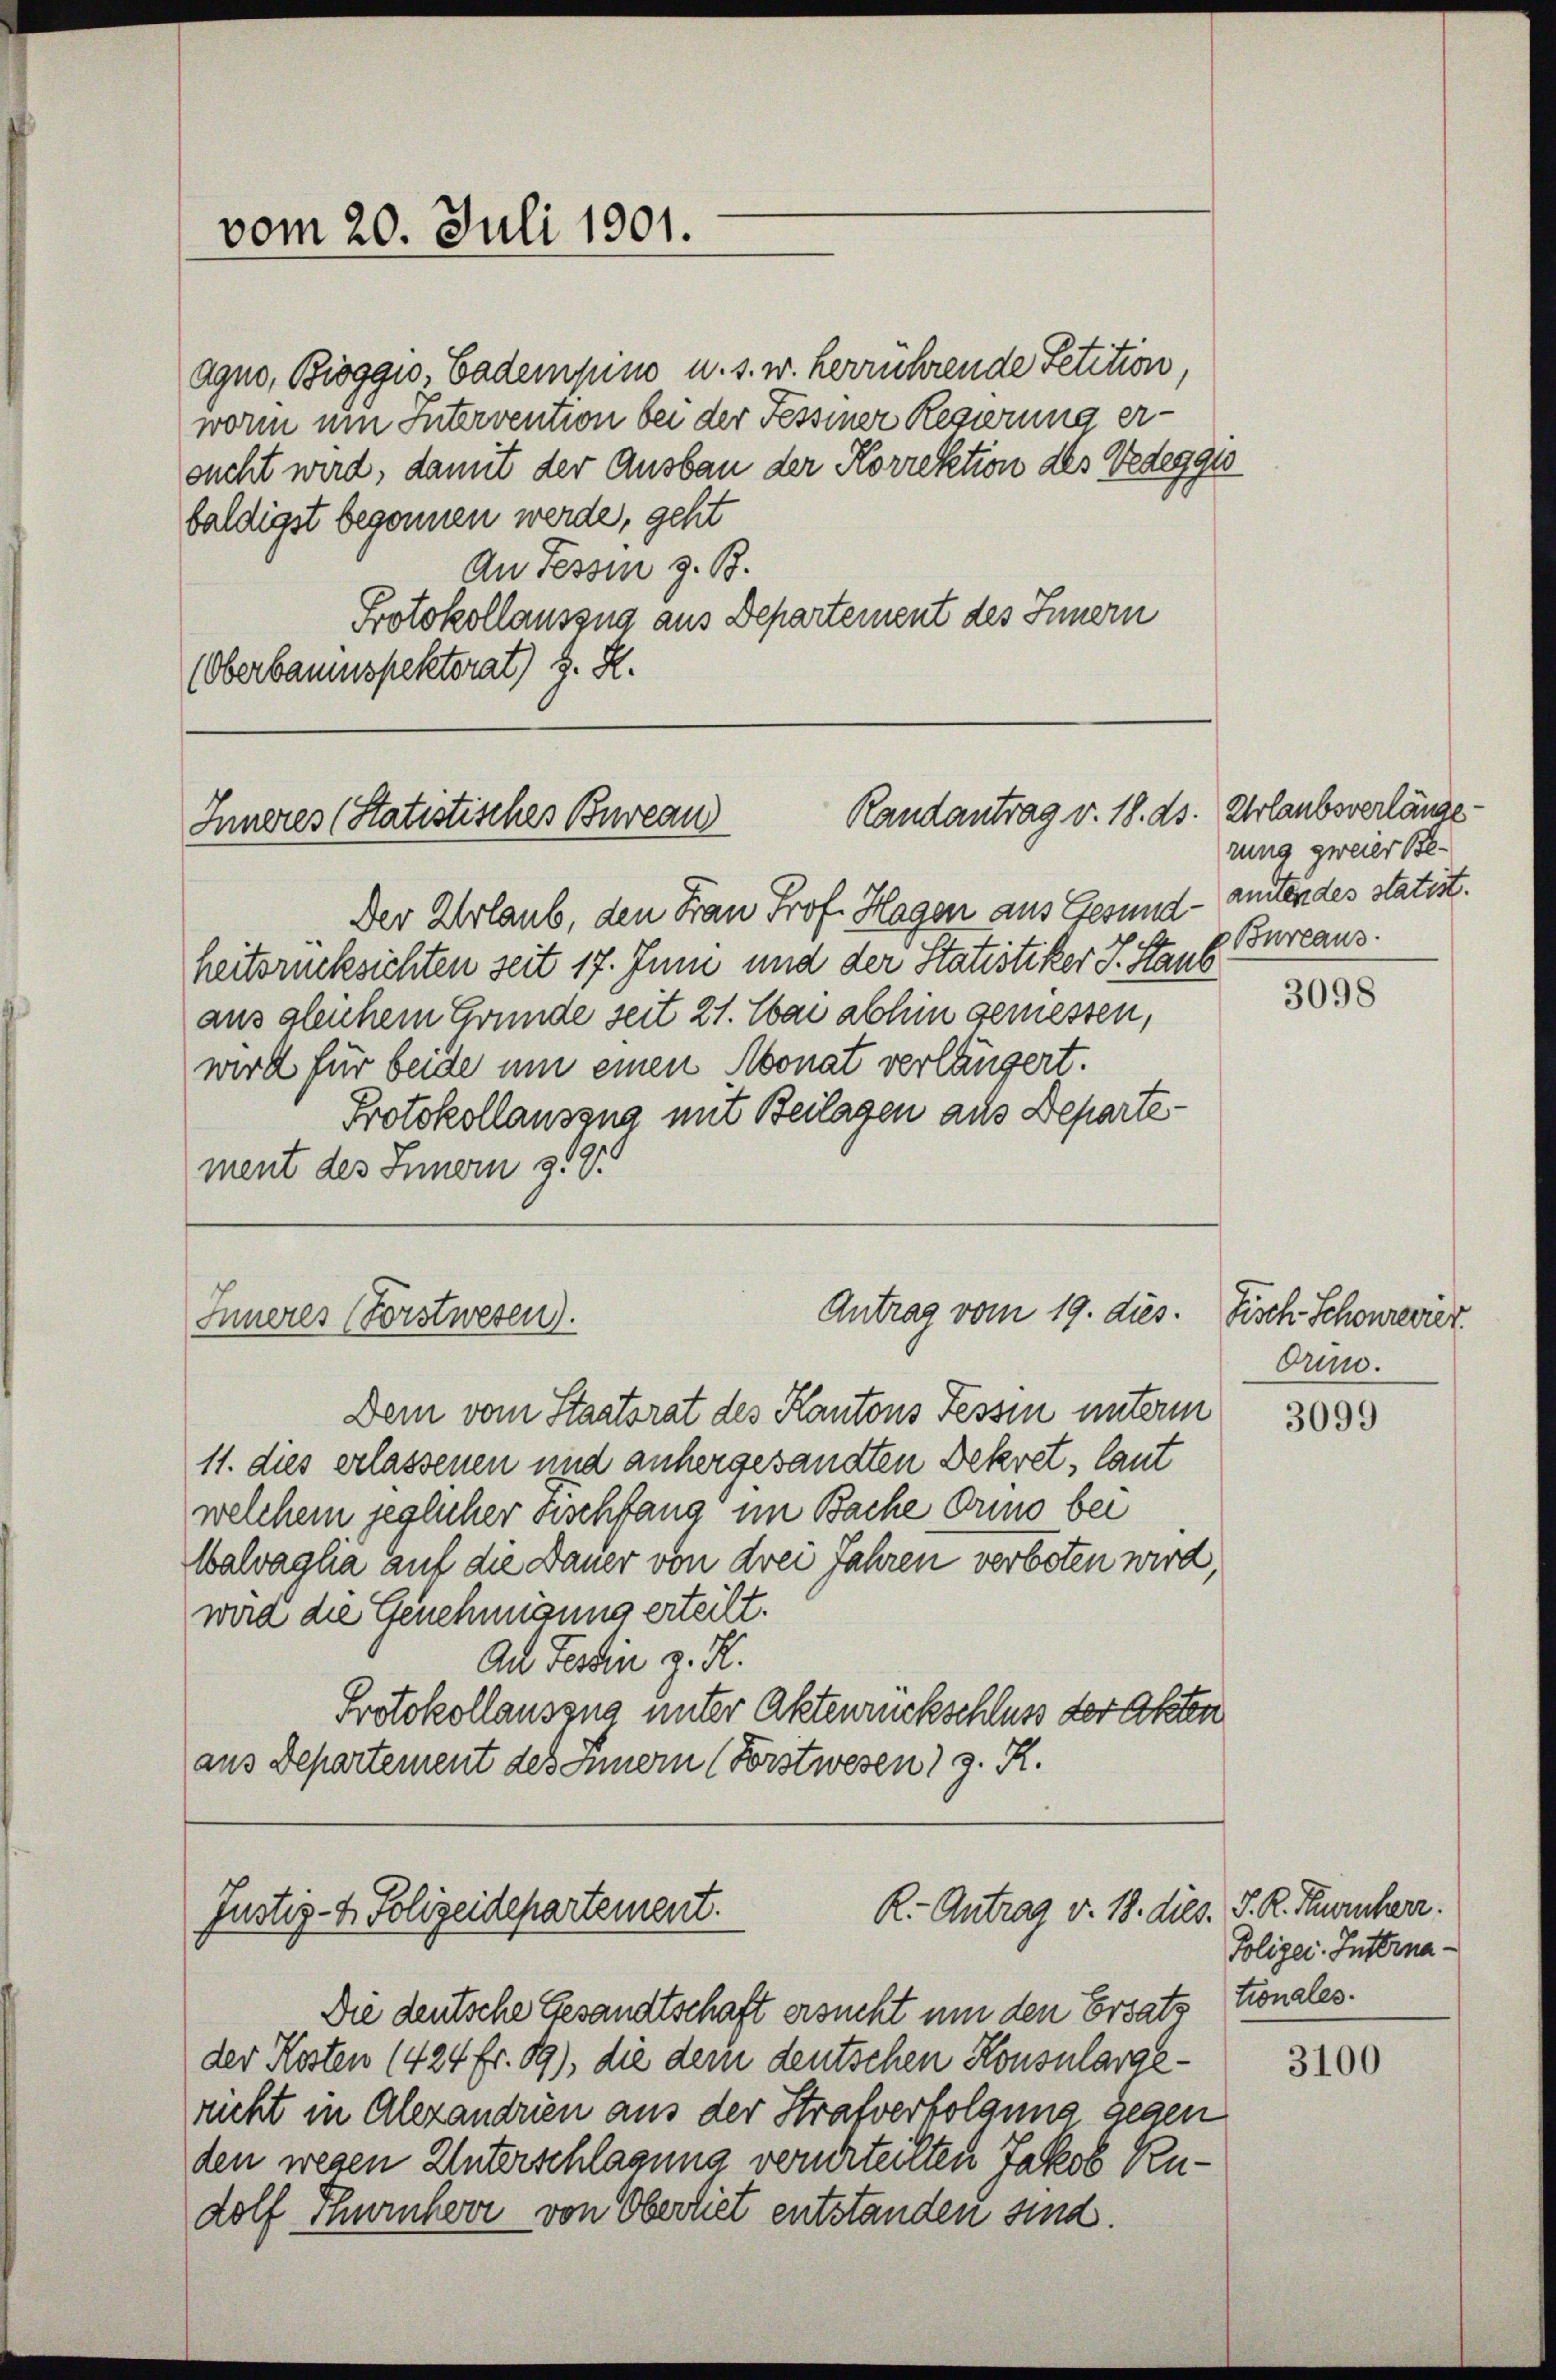
vom 20. Juli 1901.

Agno, Bioggio, Cadempin u. s. w. herrührende Petition
worin um Intervention bei der Fessiner Regierung ersucht wird, damit der Ausbau der Korrektion des Tedeggio
baldigst begonnen werde, geht
An Tessin z. B.
Protokollauszug aus Departement des Innern
(Oberbaumspektorat) z. R.

Randantrag v. 18. ds. Urlaubsverlänge
Inneres (Statistisches Bureau

Inneres (Forstwesen.

Der Urlaub, den Frau Prof. Hagen aus Gesund - annendes statist.
heitsrücksichten seit 17. Juni und der Statistiker J. Staub
aus gleichem Grunde seit 21. Mai abhin gemessen,
wird für beide um einen Monat verlängert.
Protokollaussna mit Beilagen aus Departement des Innern 319.

Antrag vom 19. dies. Fisch Schonrevier

Dem vom Staatsrat des Kantons Tessin unterm
11. dies erlassenen und anhergesandten Dekret, laut
welchem jeglicher Fischfang im Bache Orino bei
Walvaglia auf die Dauer von drei Jahren verboten wird,
wird die Genehmigung erteilt.
An Fertin z. H.
Protokollauszug unter Aktenrückschluss der Akten
aus Departement des Innern (Forstwesen) z. R.

R.- Antrag v. 18. dies. S. R. Turnherz.
Justiz- & Polizeidepartement.

Die deutsche Gesandtschaft ersucht um den Ersatz tionales.
der Kosten 1424 fr. 89), die dem deutschen Konsulargericht in Alexandrien aus der Strafverfolgung gegen
den wegen Unterschlagung verurteilten Jakob Rudolf Thurnherr von Oberliet entstanden sind.

rung zweier Be
Bureaus

3098

Orin.

3099

Polizei-Interna¬

3100